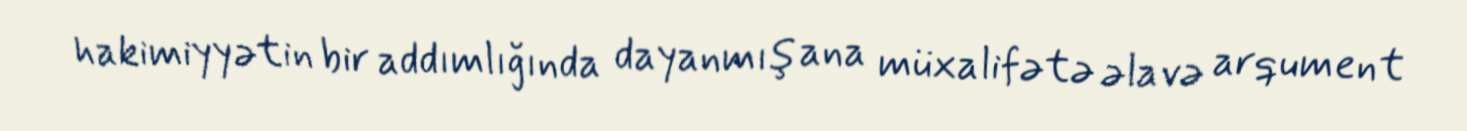
hakimiyyətin bir addımlığında dayanmış ana müxalifətə əlavə arqument